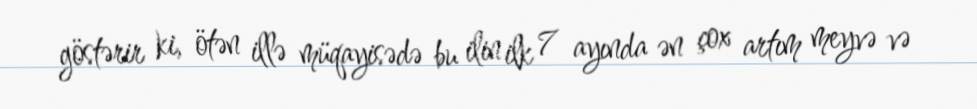
göstərir ki, ötən illə müqayisədə bu ilin ilk 7 ayında ən çox artım meyvə və